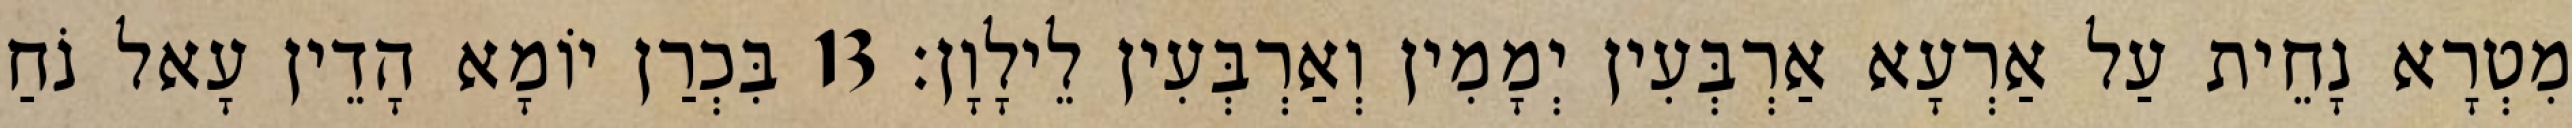
מִטְרָא נָחֵית עַל אַרְעָא אַרְבְּעִין יְמָמִין וְאַרְבְּעִין לֵילָוָן׃ 13 בִּכְרַן יוֹמָא הָדֵין עָאל נֹחַ